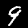
Label: 9